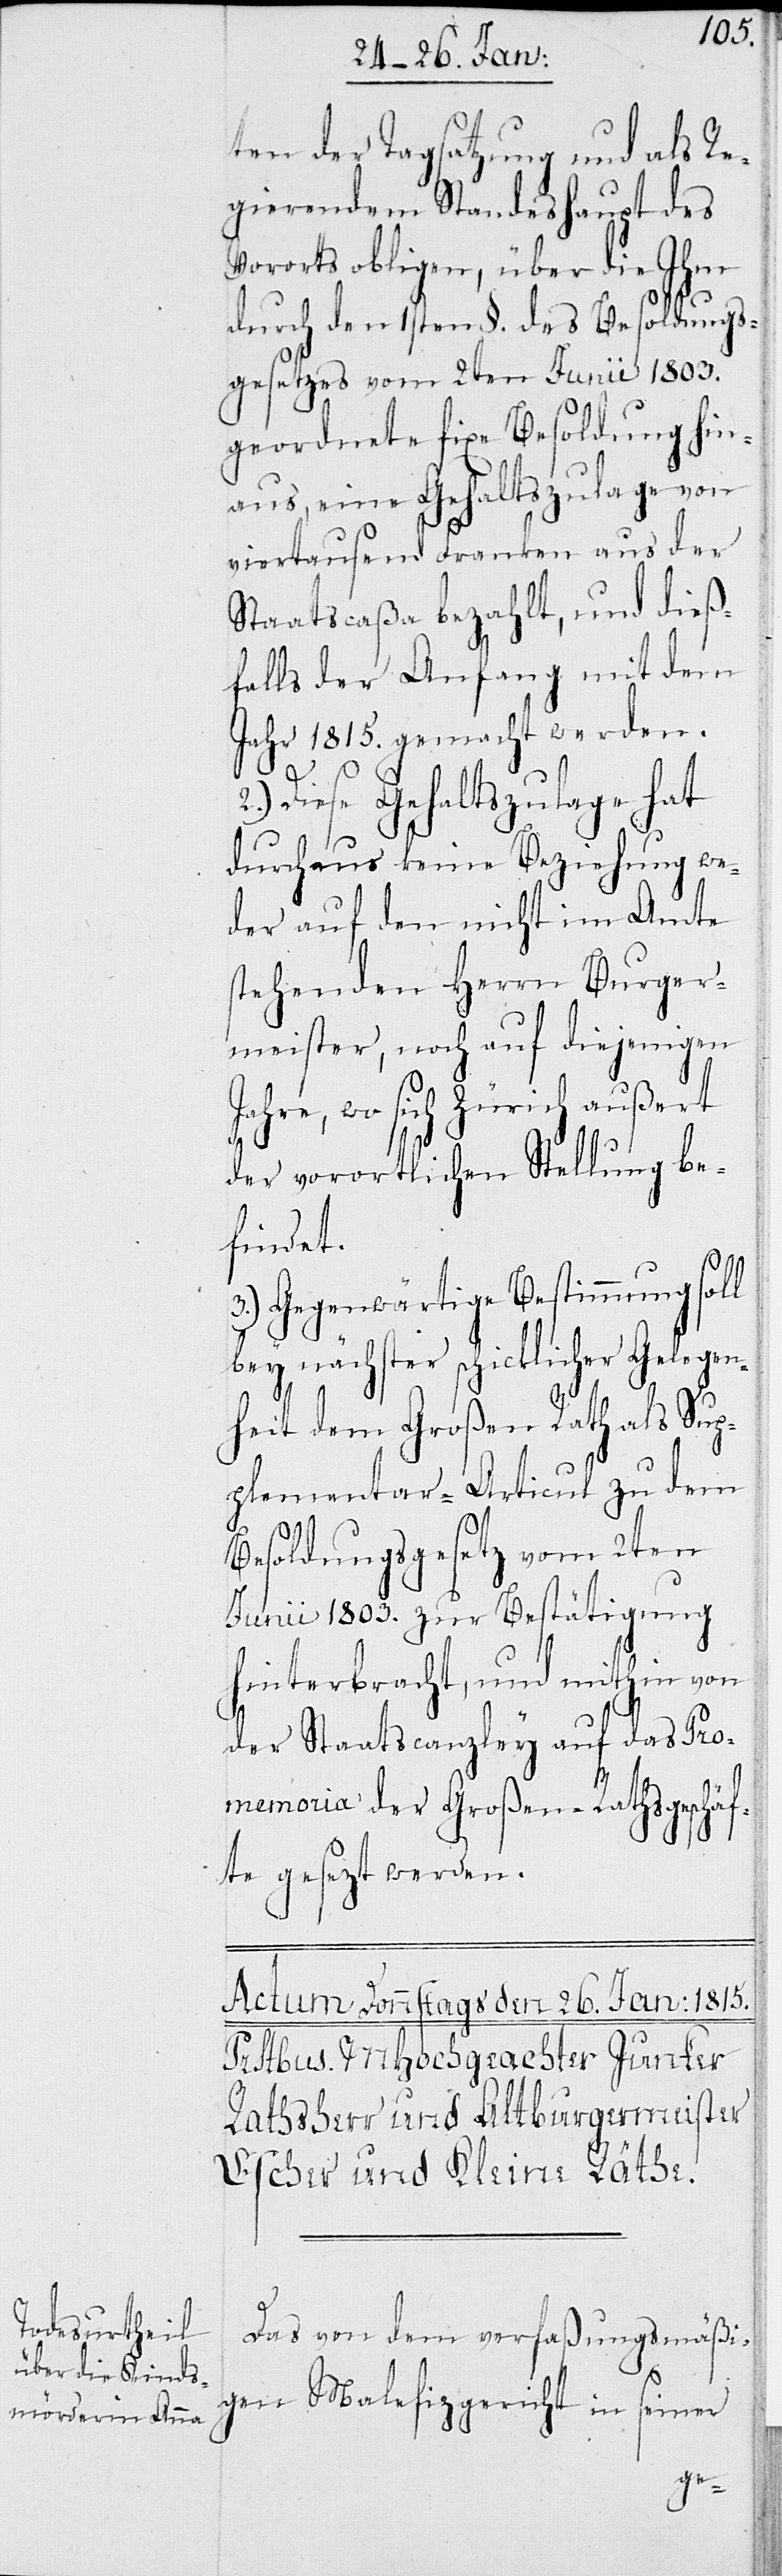
Sup¬
ten der Tagsatzung und als Re¬
gierendem Standeshaupt des
Vororts obligen, über die Ihm
durch den 1sten §. des Besoldungs¬
gesetzes vom 2ten Junii 1803.
geordnete fixe Besoldung hi¬
naus, eine Gehaltszulage von
viertausend Franken aus der
Staatscaßa bezahlt, und di¬
falls der Anfang mit dem
Jahr 1815. gemacht werden.
2.) Diese Gehaltszulage hat
durchaus keine Beziehung we¬
der auf den nicht im
stehenden Herrn Burger¬
meister, noch auf diejenigen
Jahre, wo sich Zürich außert
der vorortlichen Stellung be¬
findet.
3.) Gegenwärtige Bestimmung
bey nächster schicklicher Gelege¬
nheit dem Großen Rath als
plementar-Articul zu dem
Besoldungsgesetz vom 2ten
Junii 1803. zur Bestätigung
hinterbracht, und mithin von
der Staatskanzley auf das Pro¬
memoria der Großen-Rathsgeschäf¬
te gesezt werden.
Das von dem verfaßungsmäßi¬
gen Malefizgericht in seiner